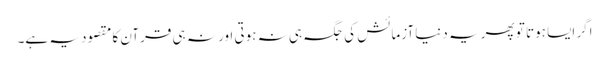
اگر ایسا ہوتا تو پھر یہ دنیا آزمائش کی جگہ ہی نہ ہوتی اور نہ ہی قرآن کا مقصود یہ ہے۔